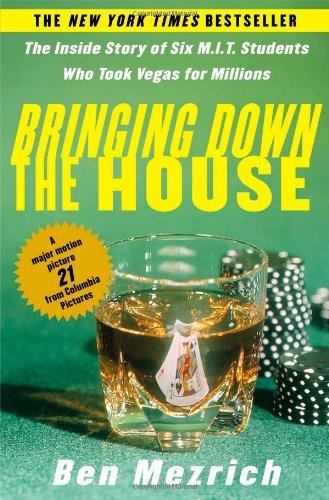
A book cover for Bringing Down the House: The Inside Story of Six M.I.T. Students Who Took Vegas for Millions; Ben Mezrich; Biographies & Memoirs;